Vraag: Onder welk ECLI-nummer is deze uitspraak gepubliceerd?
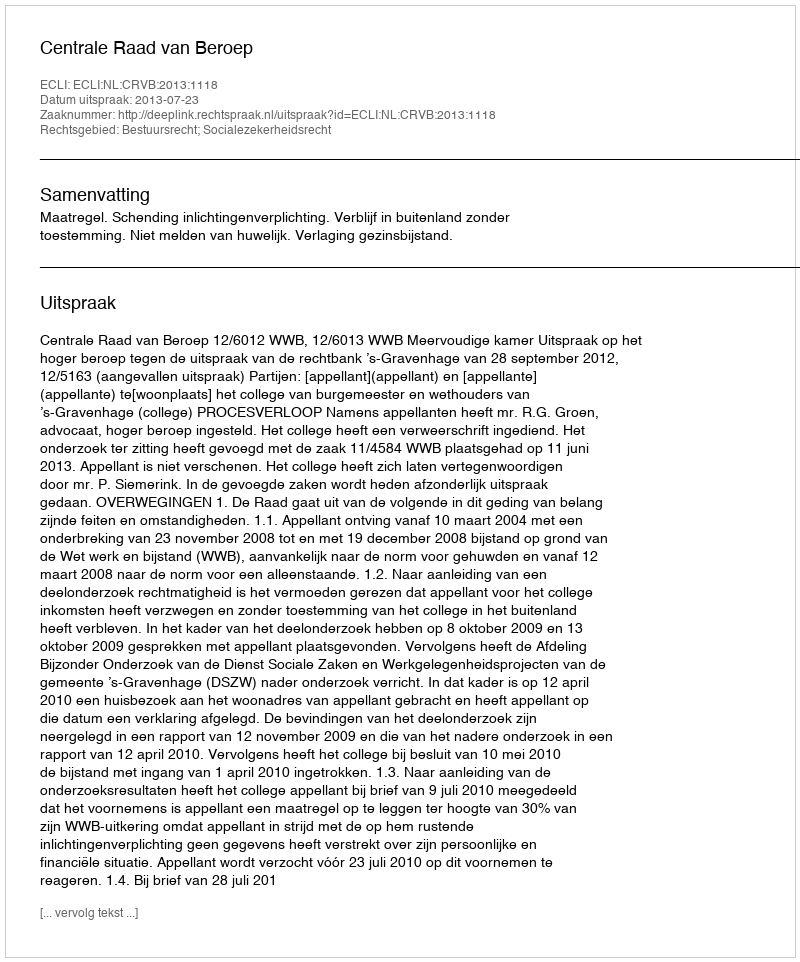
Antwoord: ECLI:NL:CRVB:2013:1118